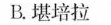
B.堪培拉